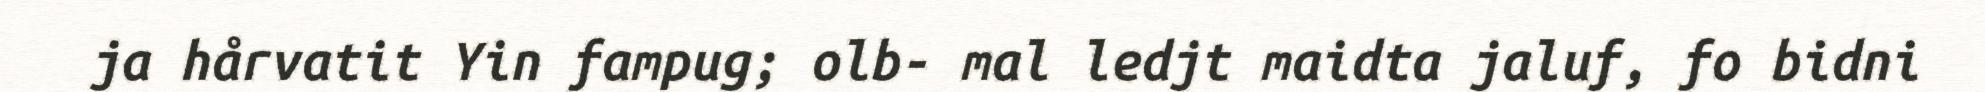
ja hårvatit Yin fampug; olb- mal ledjt maidta jaluf, fo bidni